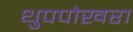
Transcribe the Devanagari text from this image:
थुपपोखरा